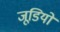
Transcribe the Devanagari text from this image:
जूडियो